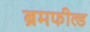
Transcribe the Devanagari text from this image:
ब्रमफील्ड